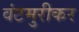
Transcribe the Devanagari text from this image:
वंटमुरीकर